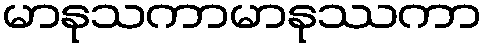
မာနုသကာမာနုဿကာ